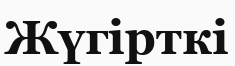
Жүгірткі